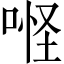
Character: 𠶔